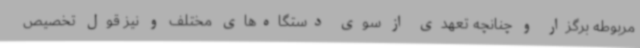
مربوطه برگزار و چنانچه تعهدی از سوی دستگاه‌های مختلف و نیز قول تخصیص